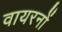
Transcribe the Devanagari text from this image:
वायरनों